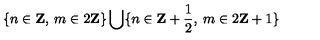
\{ n \in \mathbf { Z } , \: m \in 2 \mathbf { Z } \} \bigcup \{ n \in \mathbf { Z } + \frac { 1 } { 2 } , \: m \in 2 \mathbf { Z } + 1 \}